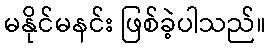
မနိုင်မနင်း ဖြစ်ခဲ့ပါသည်။